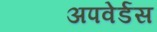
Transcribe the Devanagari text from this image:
अपवेर्डस